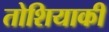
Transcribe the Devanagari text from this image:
तोशियाकी